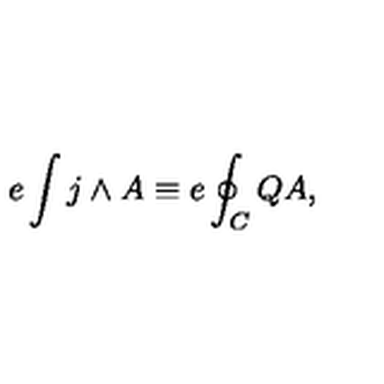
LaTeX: e \int j \wedge A \equiv e \oint _ { C } Q A ,